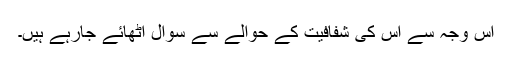
اس وجہ سے اس کی شفافیت کے حوالے سے سوال اٹھائے جارہے ہیں۔